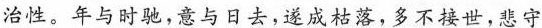
治性。年与时驰，意与日去，遂成枯落，多不接世，悲守